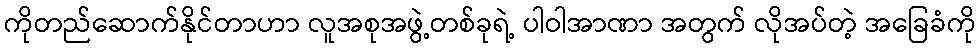
ကိုတည်ဆောက်နိုင်တာဟာ လူအစုအဖွဲ့တစ်ခုရဲ့ ပါဝါအာဏာ အတွက် လိုအပ်တဲ့ အခြေခံကို